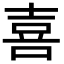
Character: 喜